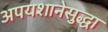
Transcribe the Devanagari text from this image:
अपयशानेसुद्धा